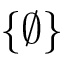
\{ \varnothing \}